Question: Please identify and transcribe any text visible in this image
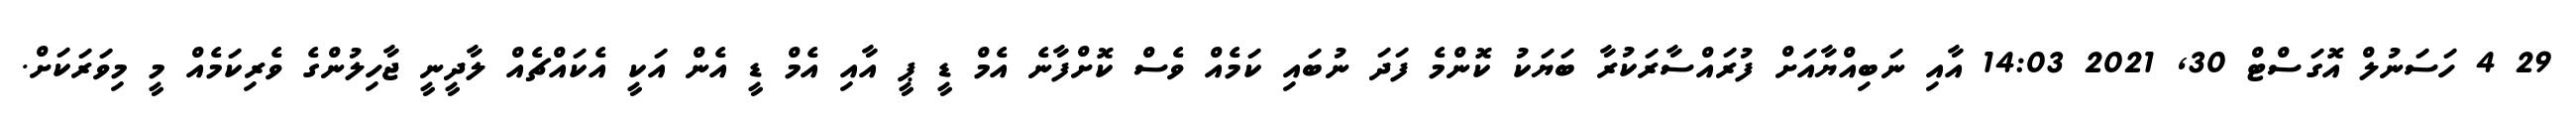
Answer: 29 4 ހަސަނުލް އޮގަސްޓް 30, 2021 14:03 އާއި ނަބިއްޔާއަށް ފުރައްސާރަކުރާ ބަޔަކު ކޮންމެ ފަދަ ނުބައި ކަމެއް ވެސް ކޮށްފާނެ އެމް ޑީ ޕީ އާއި އެމް ޑީ އެން އަކީ އެކައްޗެއް ލާދީނީ ޖާހިލުންގެ ވެރިކަމެއް މީ މިވަރަކަށް.